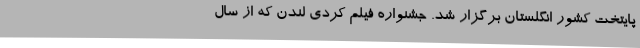
پايتخت کشور انگلستان برگزار شد. جشنواره فيلم کُردی لندن که از سال